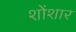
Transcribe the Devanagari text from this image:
शोंशार